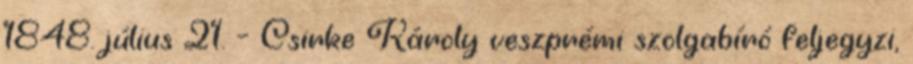
1848. július 21. – Csirke Károly veszprémi szolgabíró feljegyzi,